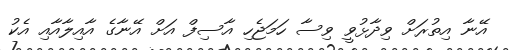
އޭނާ އިތުރަށް ވިދާޅުވީ ވިސާ ހަމަޖެހި އާސިފް އަށް އޭނާގެ އާއިލާއާއި އެކު